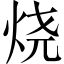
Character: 烧